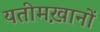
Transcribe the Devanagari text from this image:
यतीमख़ानों